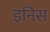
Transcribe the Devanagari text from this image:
इनिंस